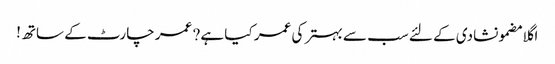
اگلا مضمونشادی کے لئے سب سے بہتر کی عمر کیا ہے? عمر چارٹ کے ساتھ!